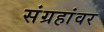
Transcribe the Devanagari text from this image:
संग्रहांवर